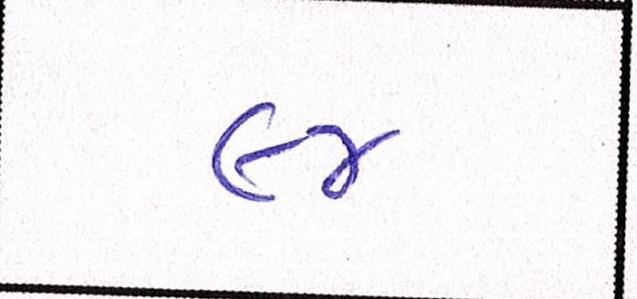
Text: ૯૪